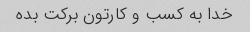
خدا به کسب و کارتون برکت بده